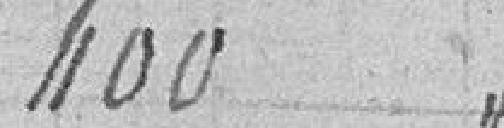
400.